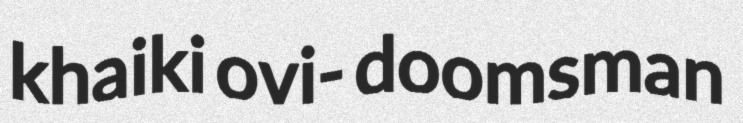
khaiki ovi- doomsman